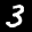
Label: 3